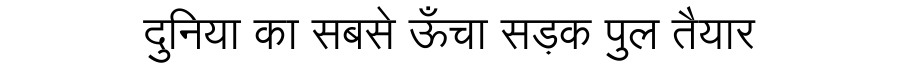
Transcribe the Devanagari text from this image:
दुनिया का सबसे ऊँचा सड़क पुल तैयार